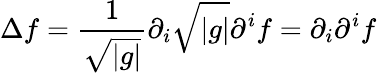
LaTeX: \Delta f={\frac{1}{\sqrt{|g|}}}\partial_{i}{\sqrt{|g|}}\partial^{i}f=\partial_{i}\partial^{i}f